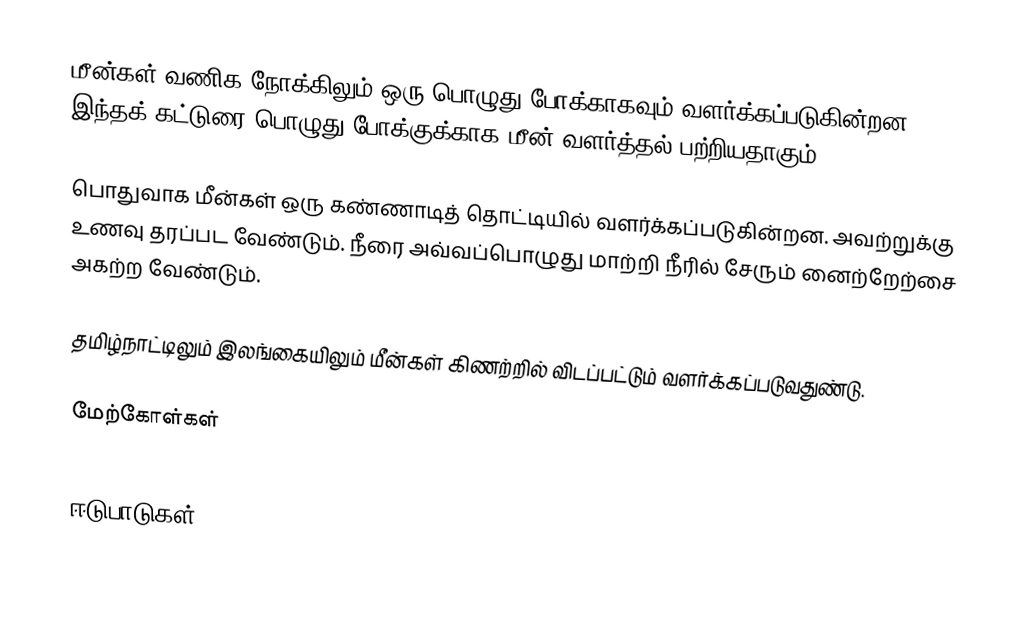
மீன்கள் வணிக நோக்கிலும் ஒரு பொழுது போக்காகவும் வளர்க்கப்படுகின்றன.  இந்தக் கட்டுரை பொழுது போக்குக்காக மீன் வளர்த்தல் பற்றியதாகும்.

பொதுவாக மீன்கள் ஒரு கண்ணாடித் தொட்டியில் வளர்க்கப்படுகின்றன.  அவற்றுக்கு உணவு தரப்பட வேண்டும்.  நீரை அவ்வப்பொழுது மாற்றி நீரில் சேரும் னைற்றேற்சை அகற்ற வேண்டும்.

தமிழ்நாட்டிலும் இலங்கையிலும் மீன்கள் கிணற்றில் விடப்பட்டும் வளர்க்கப்படுவதுண்டு.

மேற்கோள்கள்

ஈடுபாடுகள்